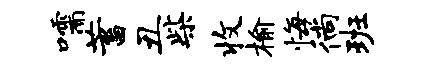
嚅蓄丑柴收榆悔徜班